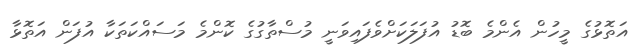
އަތޮޅުގެ މީހުން އެންމެ ބޮޑު އުފަލަކަށްވެފައިވަނީ މުސްތާގުގެ ކޮންމެ މަސައްކަތަކާ އުފަން އަތޮޅާ